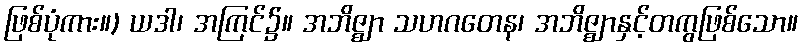
ဖြစ်ပုံကား။) ယဒါ၊ အကြင်၌။ အဘိဇ္ဈာ သဟဂတေန၊ အဘိဇ္ဈာနှင့်တကွဖြစ်သော။